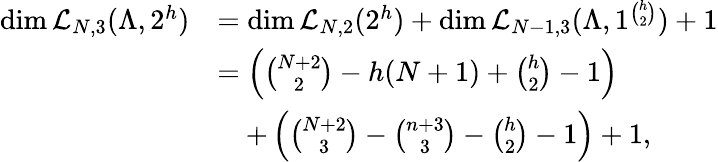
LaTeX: \begin{array}{rl}{\dim\mathcal{L}_{N,3}(\Lambda,2^{h})}&{=\dim\mathcal{L}_{N,2}(2^{h})+\dim\mathcal{L}_{N-1,3}(\Lambda,1^{{\binom{h}{2}}})+1}\\ &{=\left({\binom{N+2}{2}}-h(N+1)+{\binom{h}{2}}-1\right)}\\ &{\quad+\left({\binom{N+2}{3}}-{\binom{n+3}{3}}-{\binom{h}{2}}-1\right)+1,}\end{array}